Lunatic asylums Bombay report 1878-1890 - 1878-1890
Year: 1878
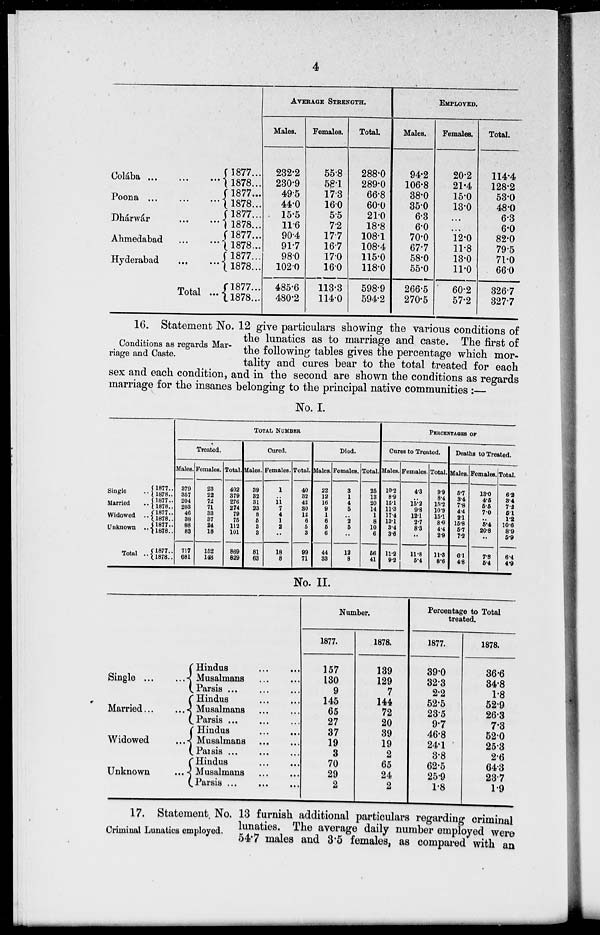
4
Colába ... ... ...
Poona ... ... ...
Dhárwár ... ...
Ahmedabad ... ...
Hyderabad ... ...
Total ...
1877...
1878...
1877...
1878...
1877...
1878...
1877...
1878...
1877...
1878...
1877...
1878...
AVERAGE STRENGTH.
Males.
232.2
230.9
49.5
44.0
15.5
11.6
90.4
91.7
98.0
102.0
485.6
480.2
Females.
55.8
58.1
17.3
16.0
5.5
7.2
17.7
16.7
17.0
16.0
113.3
114.0
Total.
288.0
289.0
66.8
60.0
21.0
18.8
108.1
108.4
115.0
118.0
598.9
594.2
EMPLOYED.
Males.
94.2
106.8
38.0
35.0
6.3
6.0
70.0
67.7
58.0
55.0
266.5
270.5
Females.
20.2
21.4
15.0
13.0
...
...
12.0
11.8
13.0
11.0
60.2
57.2
Total.
114.4
128.2
53.0
48.0
6.3
6.0
82.0
79.5
71.0
66.0
326.7
327.7
Conditions as regards Mar-
riage and Caste.
16. Statement No. 12 give particulars showing the various conditions of
the lunatics as to marriage and caste. The first of
the following tables gives the percentage which mor-
tality and cures bear to the total treated for each
sex and each condition, and in the second are shown the conditions as regards
marriage for the insanes belonging to the principal native communities :—
No. I.
Single ..
Married ..
Widowed ..
Unknown ..
Total ..
1877..
1878..
1877..
1878..
1877..
1878..
1877..
1878..
1877..
1878..
TOTAL NUMBER
Treated.
Males.
379
357
204
203
46
38
88
83
717
681
Females.
23
22
72 71
33
37
24
18
152
148
Total.
402
379
276
274
79
75
112
101
869
829
Cured.
Males.
39
32
31
23
8
5
3
3
81
63
Females.
1
..
11
7
4
1
2
..
18
8
Total.
40
32
42
30
12
6
5
3
99
71
Died.
Males.
22
12
16
9
1
6
5
6
44
33
Females.
3
1
4
5
..
2
5
..
12
8
Total.
25
13
20
14
1
8
10
6
56
41
PERCENTAGES OF
Cures to Treated.
Males.
10.2
8.9
15.1
11.3
17.4
13.1
3.4
3.6
11.2
9.2
Females.
4.3
..
15.2
9.8
12.1
2.7
8.3
..
11.8
5.4
Total.
9.9
8.4
15.2
10.9
15.1
8.0
4.4
2.9
11.3
8.6
Deaths to Treated.
Males.
5.7
3.4
7.8
4.4
2.1
15.8
5.7
7.2
6.1
4.8
Females.
13.0
4.5
5.5
7.0
..
5.4
20.8
..
7.8
5.4
Total.
6.2
3.4
7.2
5.1
1.2
10.6
8.9
5.9
6.4
4.9
No. II.
Single
...
...
Married ... ...
Widowed ...
Unknown
...
Hindus
...
...
Musalmans ... ...
Parsis ... ... ...
Hindus
...
...
Musalmans
...
...
Parsis ... ... ...
Hindus
...
...
Musalmans
...
...
Parsis
...
...
...
Hindus
...
...
Musalmans
...
...
Parsis ... ... ...
Number.
1877.
157
130
9
145
65
27
37
19
3
70
29
2
1878.
139
129
7
144
72
20
39
19
2
65
24
2
Percentage to Total
treated.
1877.
39.0
32.3
2.2
52.5
23.5
9.7
46.8
24.1
3.8
62.5
25.9
1.8
1878.
36.6
34.8
1.8
52.9
26.3
7.3
52.0
25.3
2.6
64.3
23.7
1.9
Criminal Lunatics employed.
17. Statement No. 13 furnish additional particulars regarding criminal
lunaties. The average daily number employed were
54.7 males and 3.5 females, as compared with an